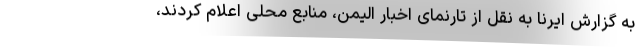
به گزارش ایرنا به نقل از تارنمای اخبار الیمن، منابع محلی اعلام کردند،